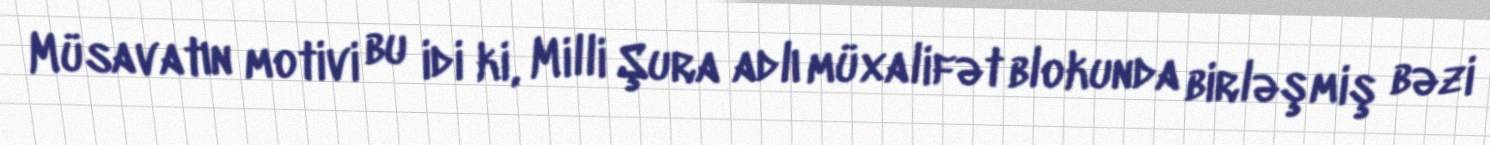
Müsavatın motivi bu idi ki, Milli Şura adlı müxalifət blokunda birləşmiş bəzi